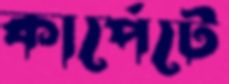
কার্পেটে